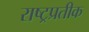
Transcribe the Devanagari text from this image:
राष्ट्रप्रतीक